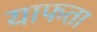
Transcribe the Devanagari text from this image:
याफता